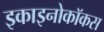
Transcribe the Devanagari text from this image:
इकाइनोकॉकस